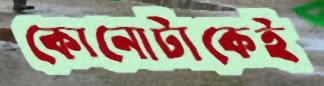
কোনোটাকেই